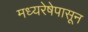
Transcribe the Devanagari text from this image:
मध्यरेषेपासून